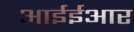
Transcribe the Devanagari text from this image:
आईईआर